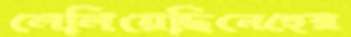
লেলিয়েছিনেহের